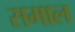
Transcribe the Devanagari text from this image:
समाल